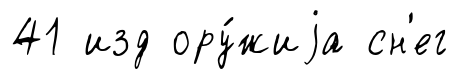
41 изд ору́жиjа сн'ег